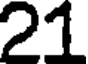
21